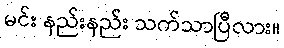
မင်း နည်းနည်း သက်သာပြီလား။